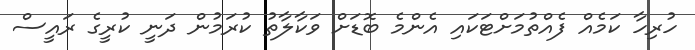
ހުރިހާ ކަމެއް ފެއްތުމަށްޓަކައި އެންމެ ބޮޑަށް ވަކާލާތު ކުރަމުން ދަނީ ކުރީގެ ރައީސް